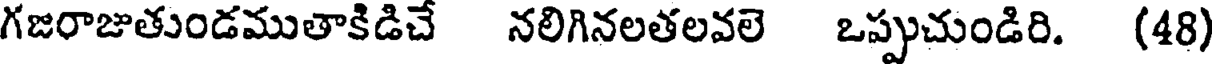
గజరాజుతుండముతాకిడిచే నలిగినలతలవలె ఒప్పుచుండిరి. (48)